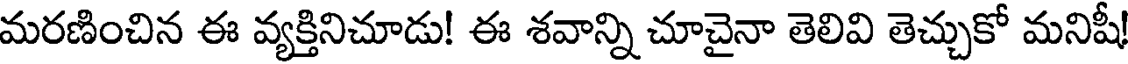
మరణించిన ఈ వ్యక్తినిచూడు! ఈ శవాన్ని చూచైనా తెలివి తెచ్చుకో మనిషీ